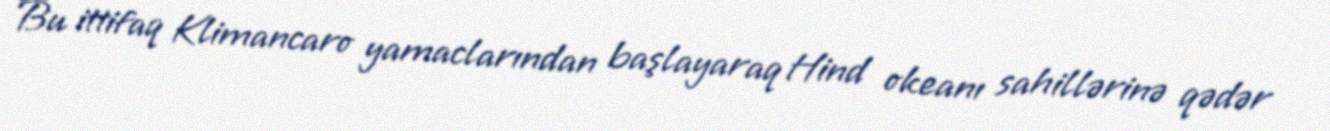
Bu ittifaq Klimancaro yamaclarından başlayaraq Hind okeanı sahillərinə qədər